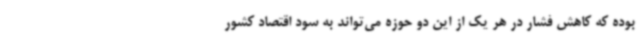
بوده که کاهش فشار در هر یک از این دو حوزه می‌تواند به سود اقتصاد کشور